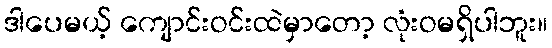
ဒါပေမယ့် ကျောင်းဝင်းထဲမှာတော့ လုံးဝမရှိပါဘူး။